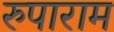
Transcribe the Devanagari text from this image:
रुपाराम